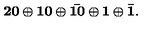
\bf 2 0 \oplus 1 0 \oplus \bar { 1 0 } \oplus 1 \oplus \bar { 1 } .